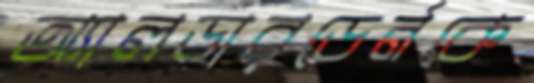
অ্যালডারডের্নকে